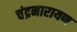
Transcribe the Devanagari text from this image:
चंद्रनारायण